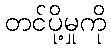
တင်ပို့မှုကို